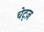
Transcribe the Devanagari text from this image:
चेट्ज़